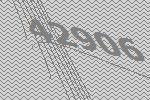
42906